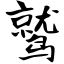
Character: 鹫